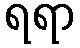
ရရာ